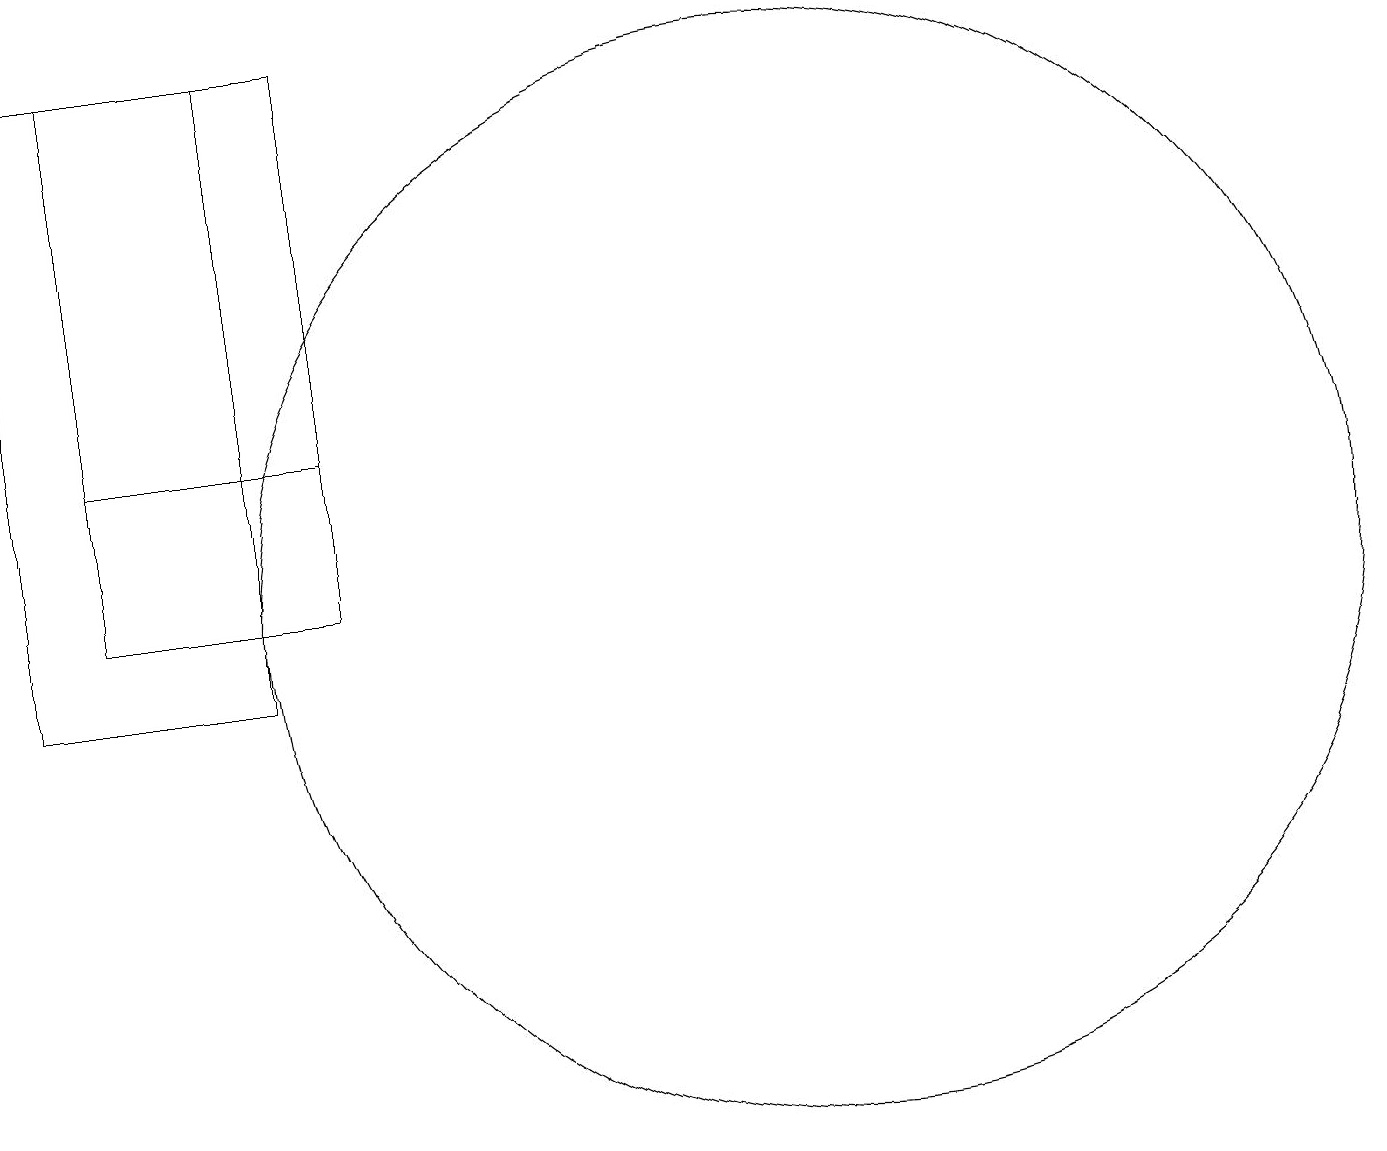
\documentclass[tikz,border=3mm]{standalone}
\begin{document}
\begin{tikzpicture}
\draw (1,12) rectangle (4,14);
\draw (4,19) rectangle (1,12);
\draw (10,12) circle (7);
\draw (3,19) rectangle (0,11);
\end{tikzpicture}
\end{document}